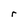
Character: r